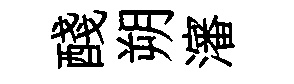
醆朔瀋